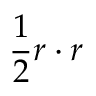
\frac { 1 } { 2 } r \cdot r